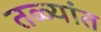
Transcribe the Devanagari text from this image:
तळ्यांत